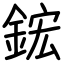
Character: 鋐